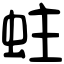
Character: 蛀